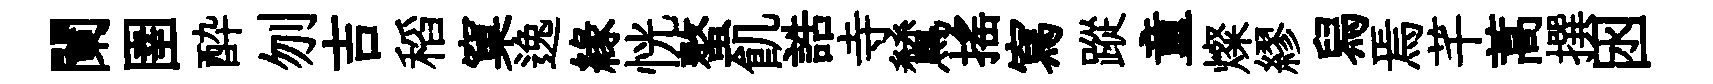
闌圉酔刎吉稻窠逸緣恍螯飢誥寺鷥摇寫蹤童燦繆舄焉芊蒿撰囦